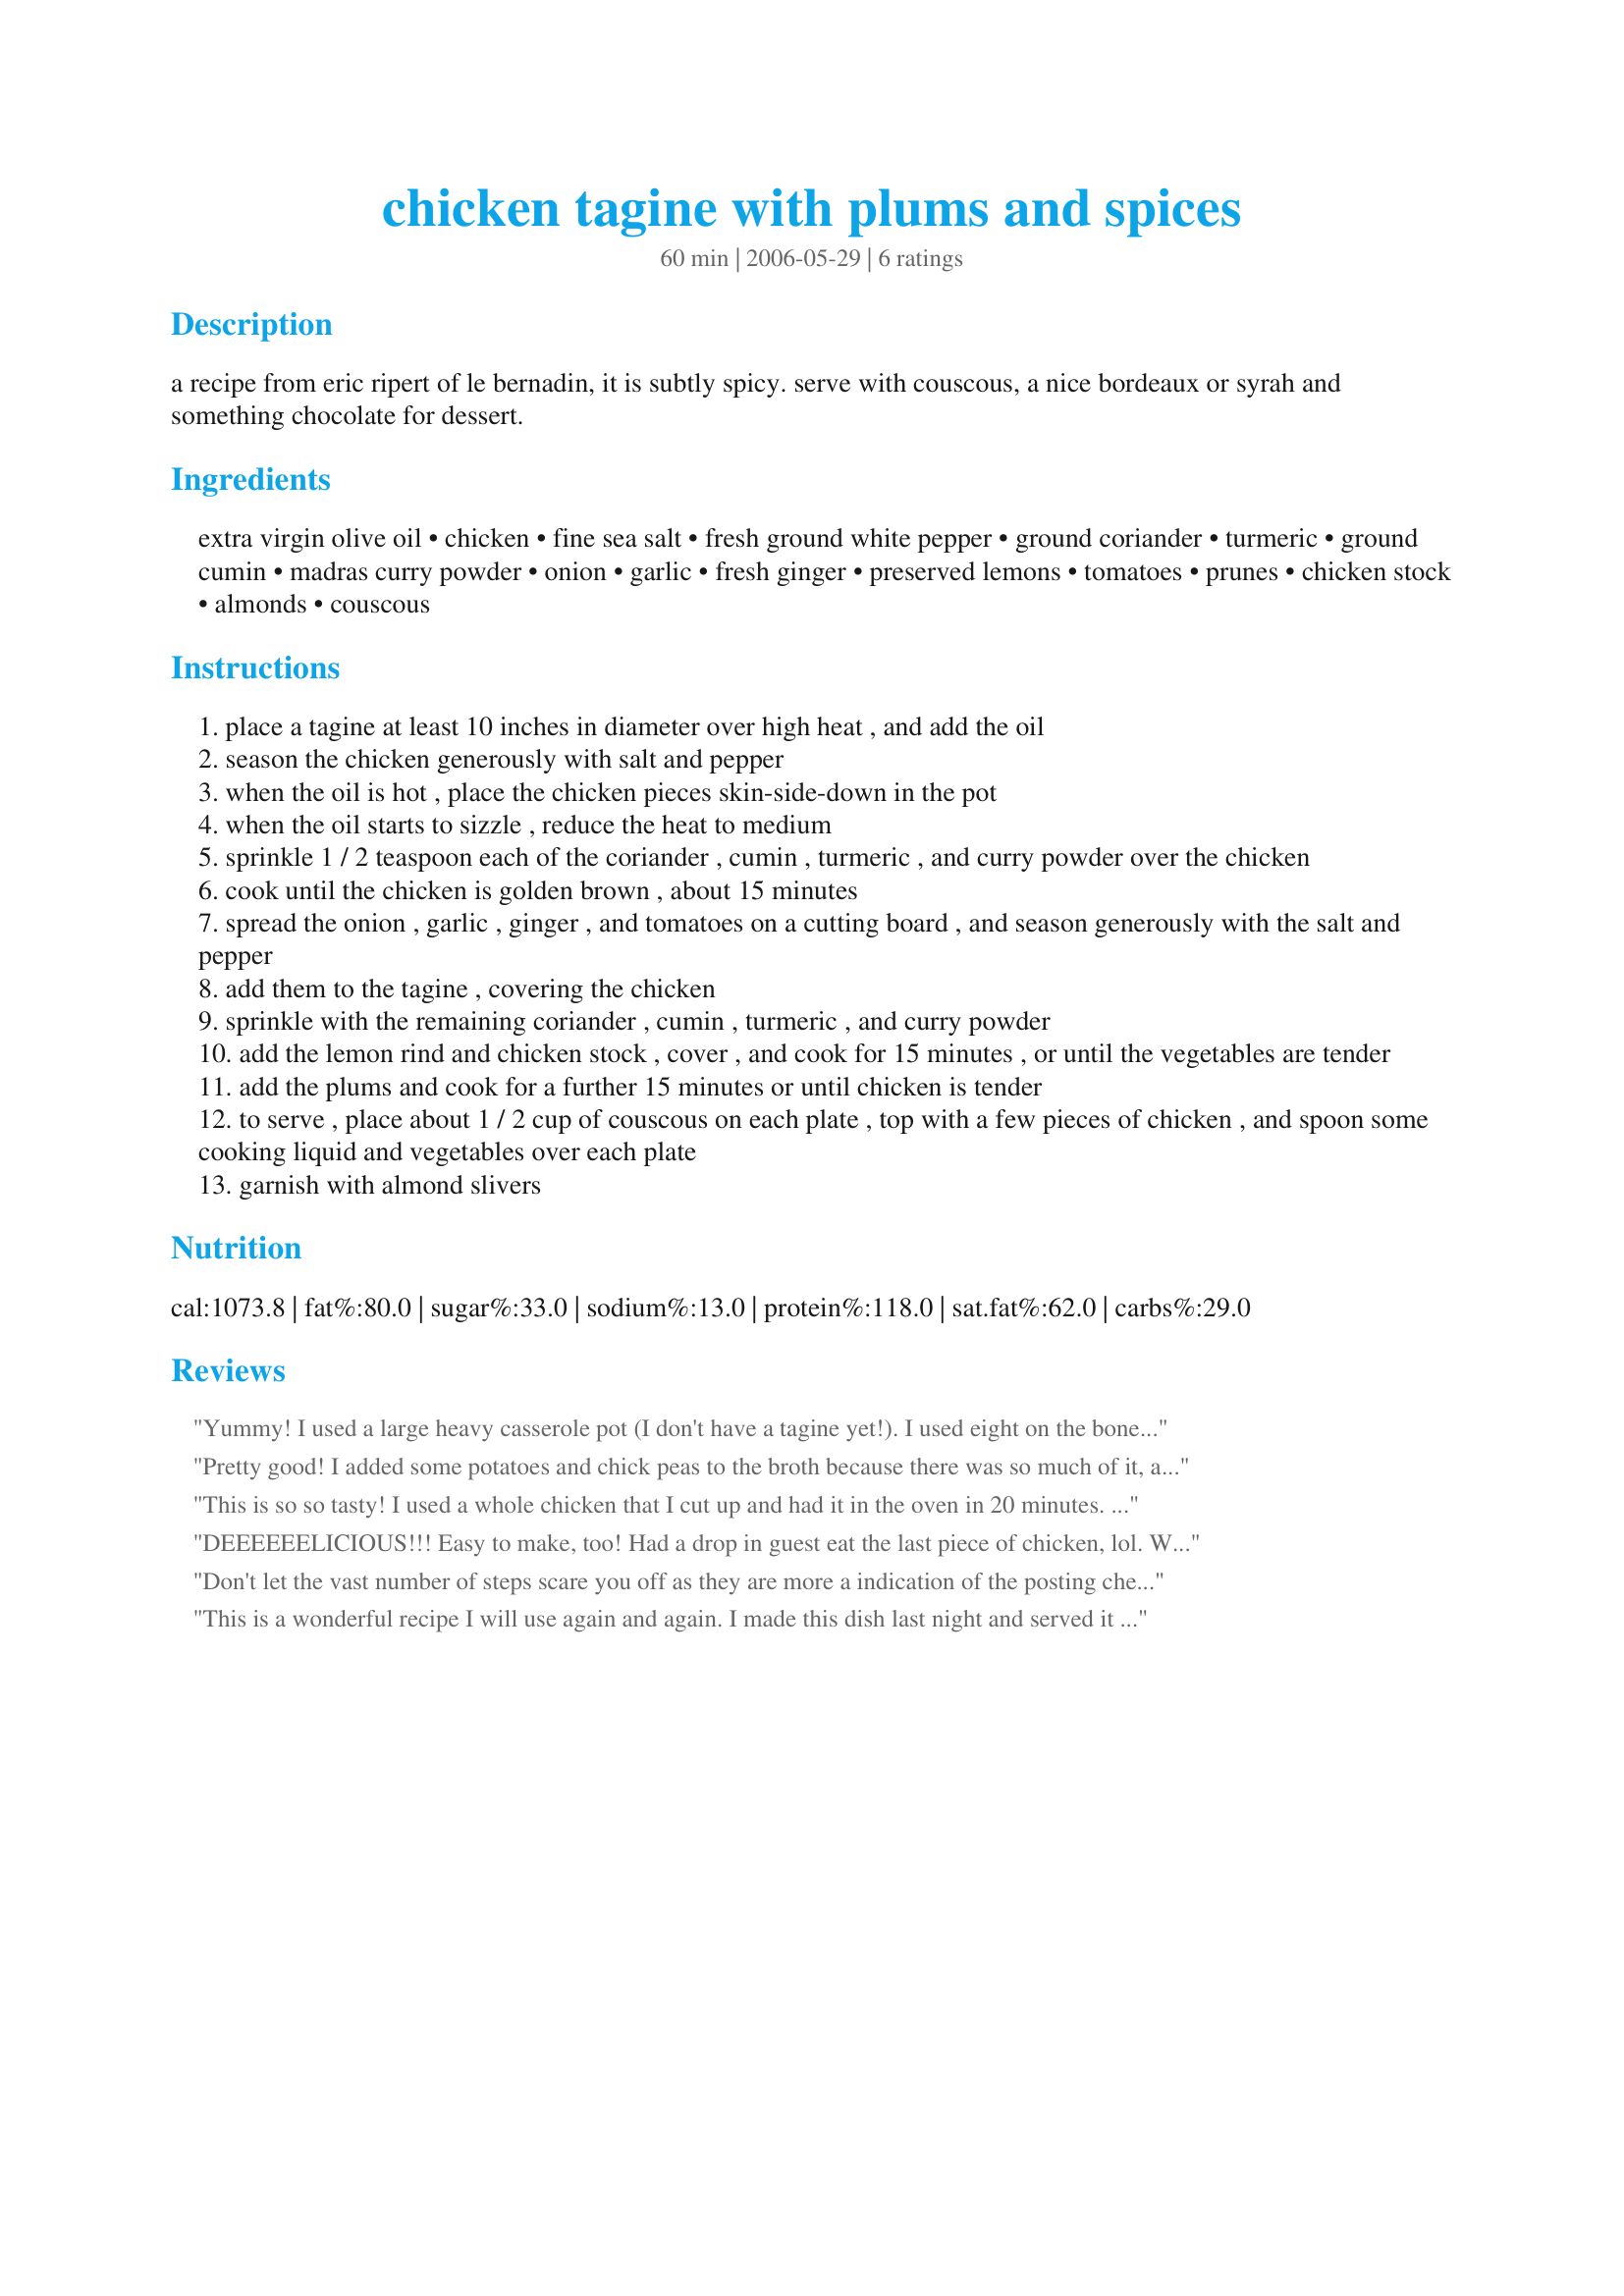
chicken tagine with plums and spices
Preparation time: 60 minutes

a recipe from eric ripert of le bernadin, it is subtly spicy. serve with couscous, a nice bordeaux or syrah and something chocolate for dessert.

Ingredients:
extra virgin olive oil, chicken, fine sea salt, fresh ground white pepper, ground coriander, turmeric, ground cumin, madras curry powder, onion, garlic, fresh ginger, preserved lemons, tomatoes, prunes, chicken stock, almonds, couscous

Steps:
place a tagine at least 10 inches in diameter over high heat , and add the oil
season the chicken generously with salt and pepper
when the oil is hot , place the chicken pieces skin-side-down in the pot
when the oil starts to sizzle , reduce the heat to medium
sprinkle 1 / 2 teaspoon each of the coriander , cumin , turmeric , and curry powder over the chicken
cook until the chicken is golden brown , about 15 minutes
spread the onion , garlic , ginger , and tomatoes on a cutting board , and season generously with the salt and pepper
add them to the tagine , covering the chicken
sprinkle with the remaining coriander , cumin , turmeric , and curry powder
add the lemon rind and chicken stock , cover , and cook for 15 minutes , or until the vegetables are tender
add the plums and cook for a further 15 minutes or until chicken is tender
to serve , place about 1 / 2 cup of couscous on each plate , top with a few pieces of chicken , and spoon some cooking liquid and vegetables over each plate
garnish with almond slivers

Reviews:
Yummy! I used a large heavy casserole pot (I don't have a tagine yet!). I used eight on the bone chicken thighs pieces instead of one large chicken (personal preference), I also used the optional curry powder and didn't have preserved lemons so I used fresh lemon zest, otherwise I kept to the recipe. The flavours really mixed well together, I think next time I may add extra prunes (personal preference). Thank you so much Chef Kate.
Pretty good! I added some potatoes and chick peas to the broth because there was so much of it, and turned it into a very hearty one-pot meal!
This is so so tasty! I used a whole chicken that I cut up and had it in the oven in 20 minutes. I did use a 12 inch Le Creuset Tagine which I found not to use all the liquid called for. And even then it did escape the tagine . I did brown stove top, then added the rest of the ingredients except for the almonds and minus most of the broth. Baked at 325 degrees for 1 hour. This will come out fall apart tender. It was so soft I couldn`t arrange the food for a photo shoot! LOL! A must make!!! Thanks!!!
DEEEEEELICIOUS!!! Easy to make, too! Had a drop in guest eat the last piece of chicken, lol. We devoured this over a simple couscous w/currants. Absolutely stunning flavors. I think my house is going to smell yummy forever. Thanks, Kate! Made for NA*ME Tag.
Don't let the vast number of steps scare you off as they are more a indication of the posting chef's care in offering guidance to those unfamiliar with the preparations for tagines. There is quite a bit of chopping, but nothing complicated. My sauce was still watery at the end of the stated cooking time so I let it simmer an additional 15 minutes. The extra time transformed this from a 4 plus recipe to a definite 5 star dish. Specifically, it was in this extra cooking time that the onions, tomatoes and garlic really broke down and melded with the prunes and created that sweet-savory complexity that is characteristic of Morrocan cuisine. Scaled this down to 2 servings and prepared it with 2 rather large chicken breasts. Thanks Kate.
This is a wonderful recipe I will use again and again. I made this dish last night and served it with spicy rice pilaf (adapted from Miss Annie's couscous recipe, #33083)and broiled tomatoes with a tarragon/parmesan/mayonaise topping. I cooked the chicken in a cast iron pot, which worked well. I used eight skinless, boneless chicken tenders. I didn't have the curry powder, so I made it myself using my husband's recipe. (See gourmetsleuth.com.) I used ground ginger (but didn't measure it). I didn't have preserved lemons, so I used two tablespoons of low-sugar orange marmalade and the juice of one large lemon. I used canned (diced) tomatoes. I had three large plums, and I cut them in eighths. I used the chicken stock (no water), and I forgot the almonds! I'm sure the dish would have been great with them, but it was fantastic anyway. Thank you, Chef Kate. I also want to thank Toni Gifford, whose review convinced me to try the dish.
